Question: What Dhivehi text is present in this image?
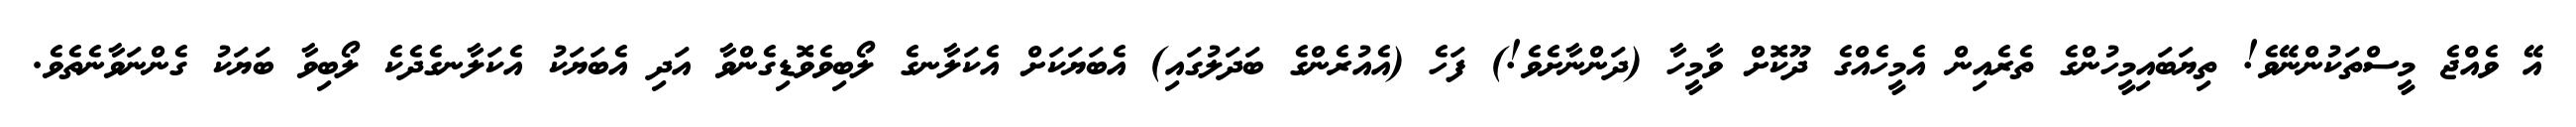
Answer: އޭ ވެއްޖެ މީސްތަކުންނޭވެ! ތިޔަބައިމީހުންގެ ތެރެއިން އެމީހެއްގެ ދޫކޮށް ވާމީހާ (ދަންނާށެވެ!) ފަހެ (އެއުރެންގެ ބަދަލުގައި) އެބަޔަކަށް އެކަލާނގެ ލޯބިވެވޮޑިގެންވާ އަދި އެބަޔަކު އެކަލާނގެދެކެ ލޯބިވާ ބަޔަކު ގެންނަވާނެތެވެ.